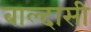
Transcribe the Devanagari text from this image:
बाल्दासी